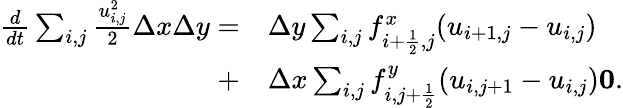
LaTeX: \begin{array}{rl}{\frac{d}{dt}\sum_{i,j}\frac{u_{i,j}^{2}}{2}\Delta x\Delta y=}&{{}\Delta y\sum_{i,j}f_{i+\frac{1}{2},j}^{x}(u_{i+1,j}-u_{i,j})}\\ {+}&{{}\Delta x\sum_{i,j}f_{i,j+\frac{1}{2}}^{y}(u_{i,j+1}-u_{i,j})\le 0.}\end{array}